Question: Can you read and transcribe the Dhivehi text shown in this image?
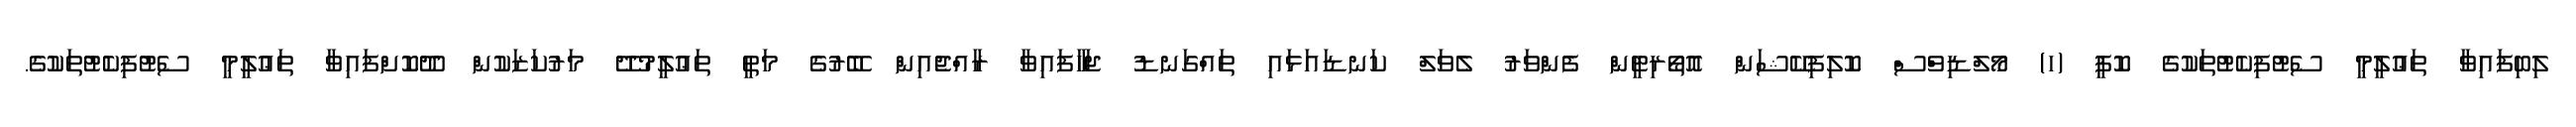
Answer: ލިބިފައިވާ ތަޢުލީމީ ސެޓުފިކެޓުތަކުގެ ކޮޕީ (ހ) މޯލްޑިވްސް ކޮލިފިކޭޝަން އޮތޯރިޓީން ފެންވަރު ލެވަލް ކަނޑައަޅައި ތައްގަނޑު ޖަހާފައިވާ ރާއްޖެއިން ބޭރުގެ މަތީ ތަޢުލީމުދޭ މަރުކަޒަކުން ދޫކޮށްފައިވާ ތަޢުލީމީ ސެޓުފިކެޓުތަކުގެ.